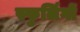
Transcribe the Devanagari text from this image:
स्फुर्लिगों